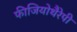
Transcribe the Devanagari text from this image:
फीजियोथैरेपी